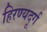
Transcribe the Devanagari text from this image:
हिरण्यदूर्ग